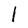
Character: l